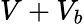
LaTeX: V+V_{b}